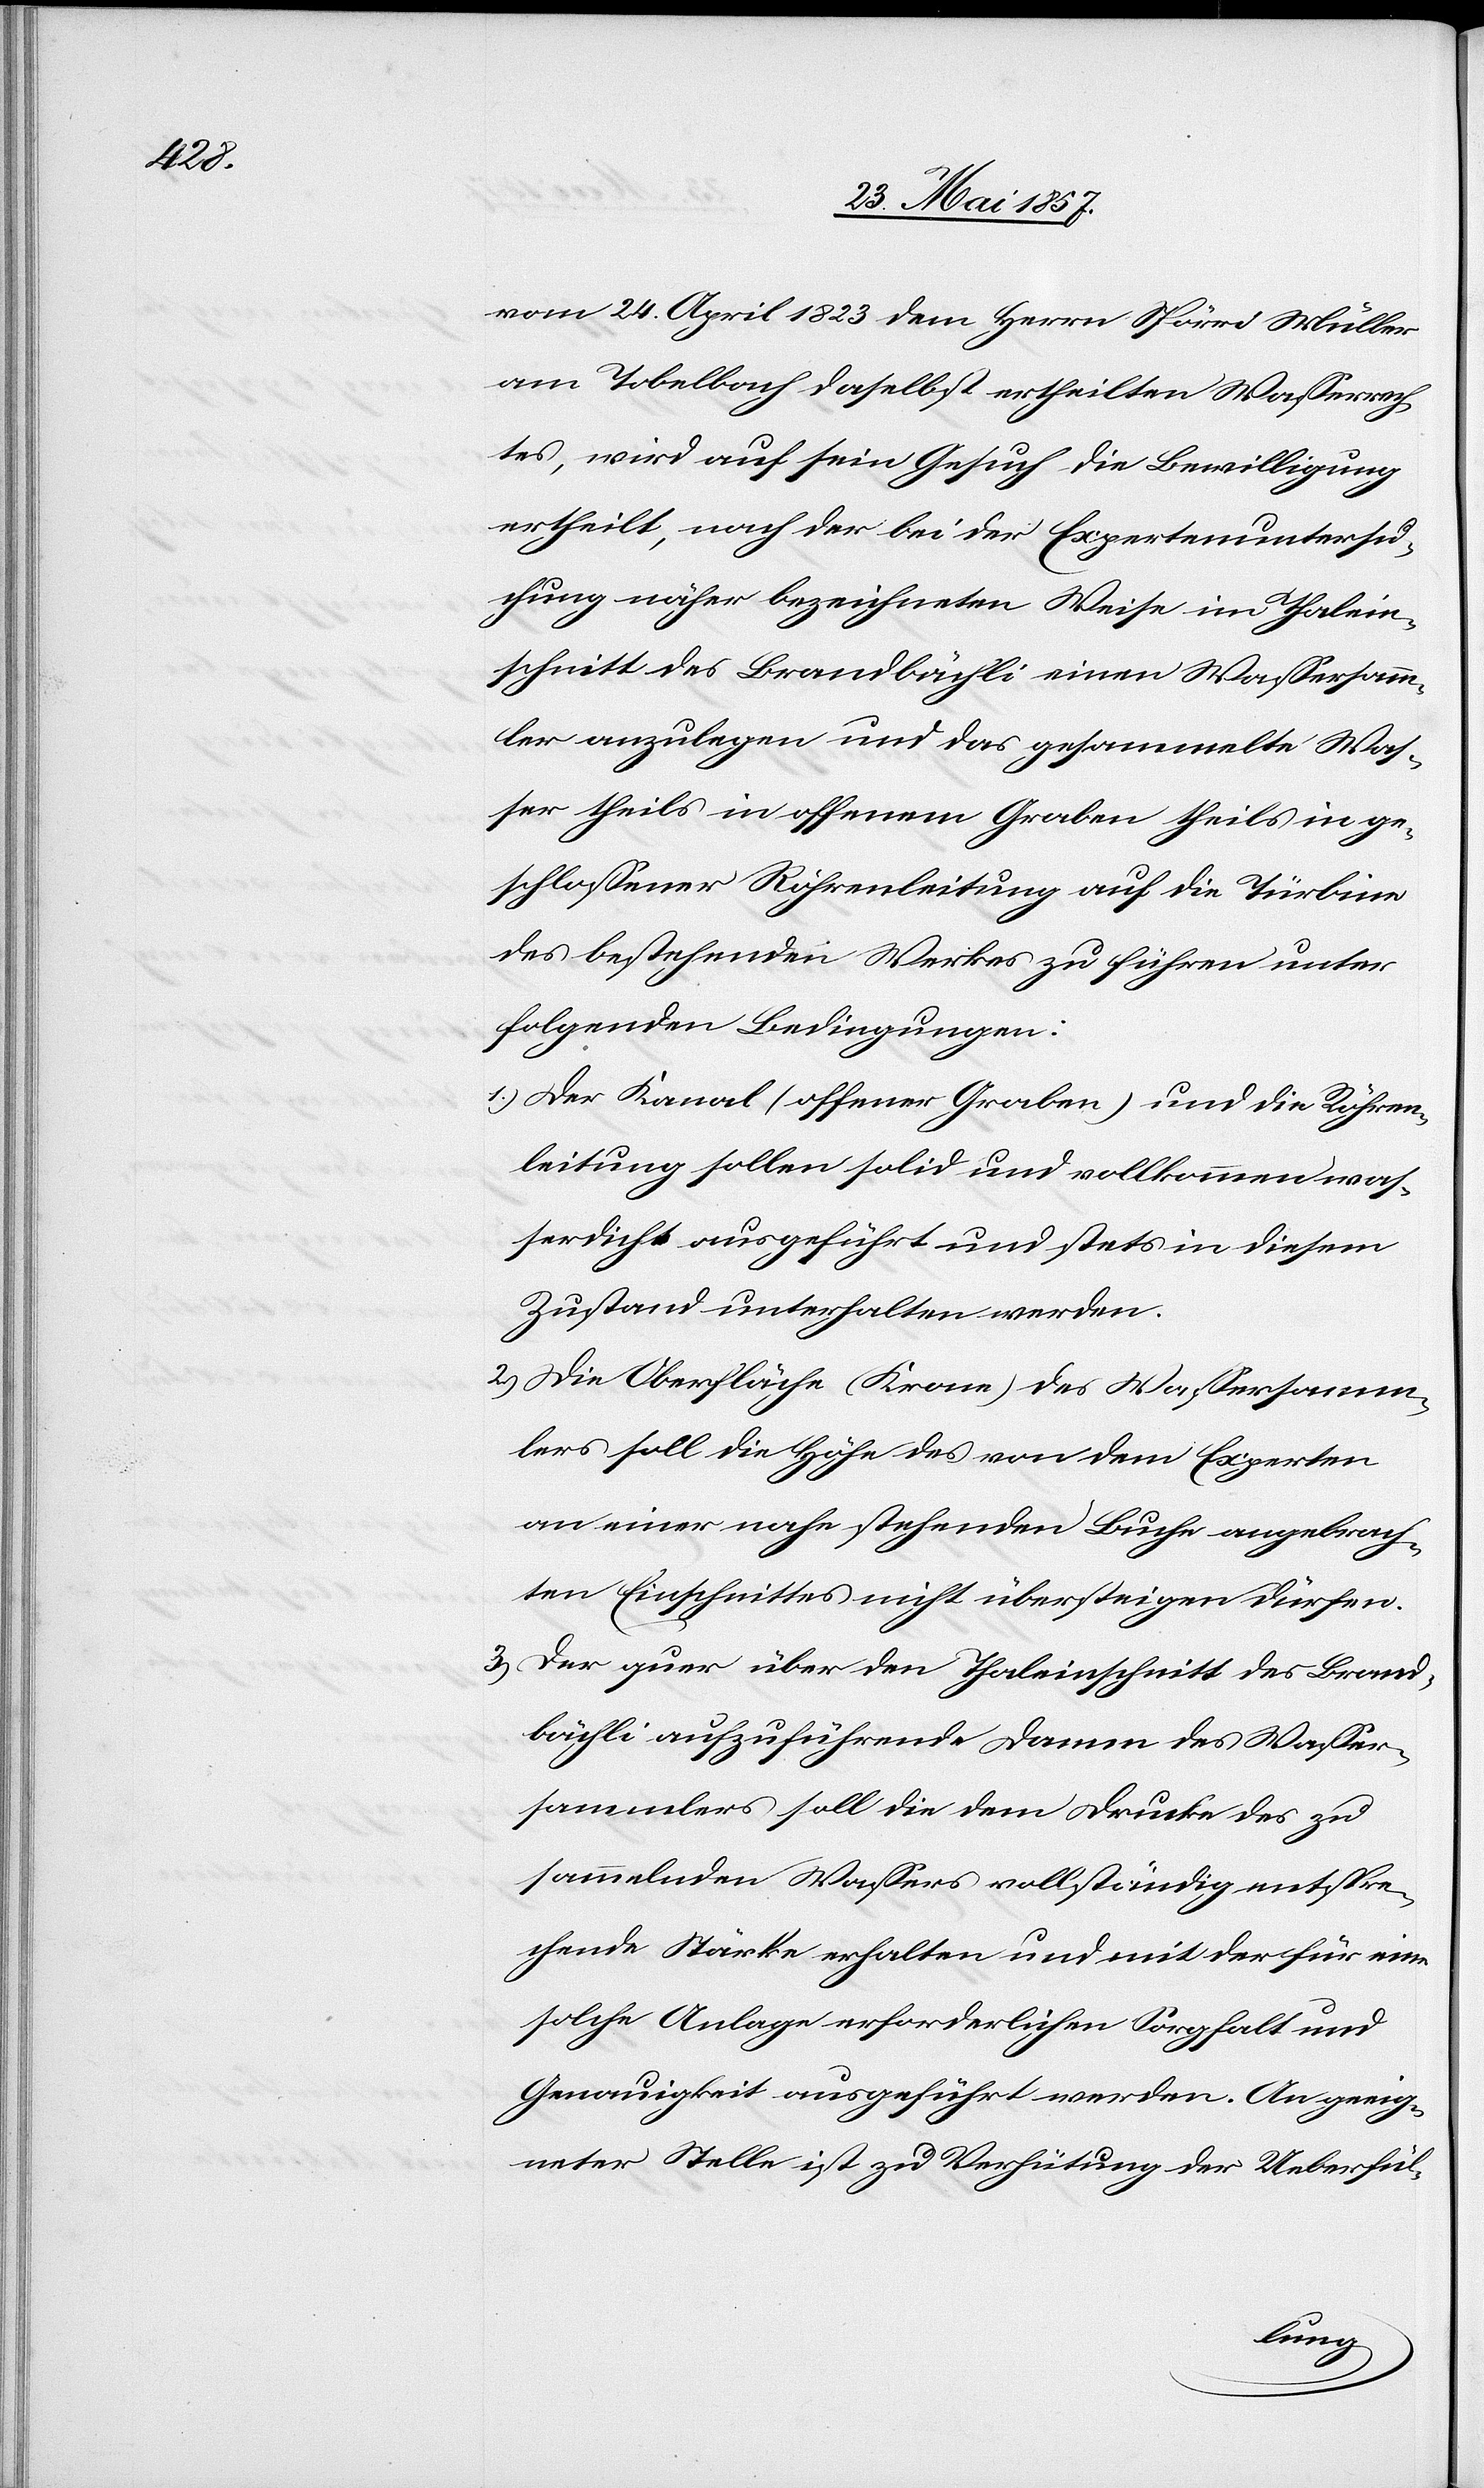
vom 24 April 1823 dem Herrn Spörri Müller
am Tobelbach daselbst ertheilten Wasserrech¬
tes, wird auf sein Gesuch die Bewilligung
ertheilt, nach der bei der Expertenuntersu¬
chung näher bezeichneten Weise im Thalein¬
schnitt des Brandbächli einen Wassersamm¬
ler anzulegen und das gesammelte Was¬
ser theils in offenem Graben theils in ge¬
schlossener Röhrenleitung auf die Türbine
des bestehenden Werkes zu führen unter
folgenden Bedingungen:
1.) Der Kanal (offener Graben) und die Röhren¬
leitung sollen solid und vollkommen was¬
serdicht ausgeführt und stets in diesem
Zustand unterhalten werden.
2.) Die Oberfläche (Krone) des Wassersamm¬
lers soll die Höhe des von dem Experten
an einer nahe stehenden Buche angebrach¬
ten Einschnittes nicht übersteigen dürfen.
3.) Der quer über den Thaleinschnitt des Brand¬
bächli aufzuführende Damm des Wasser¬
sammlers soll die dem Drucke des zu
sammelnden Wassers vollständig entspre¬
chende Stärke erhalten und mit der für eine
solche Anlage erforderlichen Sorgfalt und
Genauigkeit ausgeführt werden. An geeig¬
neter Stelle ist zu Verhütung der Ueberfül-